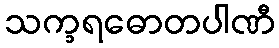
သက္ခရဓောတပါဏီ